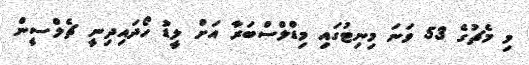
މި މެޗުގެ 53 ވަނަ މިނިޓުގައި މިޑްލްސްބަރާ އަށް ލީޑު ހޯދައިދިނީ ޗެލްސީން